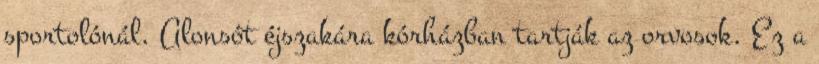
sportolónál. Alonsót éjszakára kórházban tartják az orvosok. Ez a